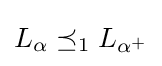
L_{\alpha }\preceq _{1}L_{\alpha ^{+}}